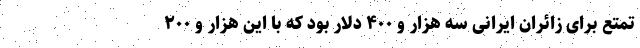
تمتع برای زائران ایرانی سه هزار و ۴۰۰ دلار بود که با این هزار و ۲۰۰